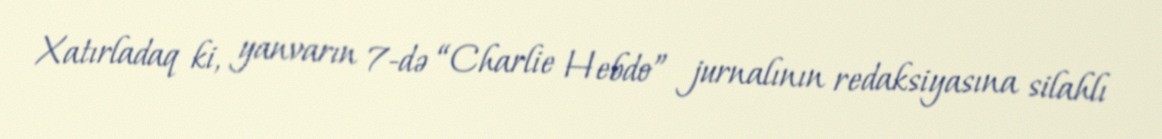
Xatırladaq ki, yanvarın 7-də “Charlie Hebdo” jurnalının redaksiyasına silahlı